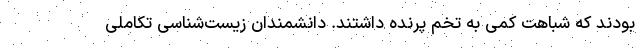
بودند که شباهت کمی به تخم پرنده داشتند. دانشمندان زیست‌شناسی تکاملی